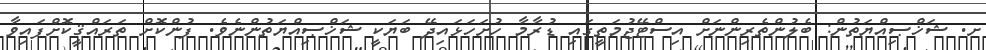
ށ. ޝަޚްޞިއްޔަތުން: ބެލުންތެރިންނަށް އިސްޓޭޖުމަތީގައި ޑުރާމާ ހުށަހަޅައިދޭ ބަޔަކީ ޝަޚްޞިއްޔަތުންނެވެ. ފުންކޮށް ތަރައްޤީކޮށްފައިވާ